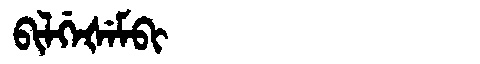
Manchu: ᠪᡳᠯᡤᡝᡧᡝᠮᠪᡳ
Romanization: BILGEŠEMBI